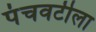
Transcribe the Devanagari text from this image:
पंचवटीला